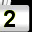
Digit: 2